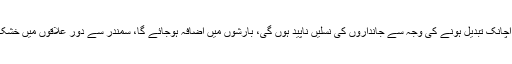
بی بی سی کے مطابق سائنس دان کہتے ہیں کہ موسم اچانک تبدیل ہونے کی وجہ سے جانداروں کی نسلیں ناپید ہوں گی، بارشوں میں اضافہ ہوجائے گا، سمندر سے دور علاقوں میں خشک سالی ہوگی اور موسم گرما کا دورانیہ بڑھ جائے گا۔